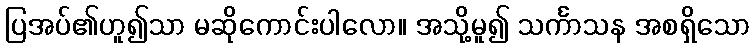
ပြအပ်၏ဟူ၍သာ မဆိုကောင်းပါလော။ အသို့မူ၍ သင်္ကာသန အစရှိသော